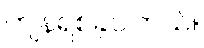
ကျန်ရစ်ခဲ့ပါတယ်။